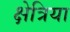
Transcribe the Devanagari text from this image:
क्षेत्रिया